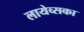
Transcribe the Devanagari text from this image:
लायेव्सका